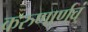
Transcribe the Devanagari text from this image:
करुणार्णवं